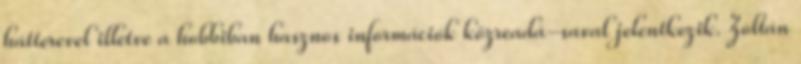
hátterevel illetve a hobbiban hasznos információk közreadá-saval jelentkezik. Zoltán